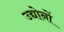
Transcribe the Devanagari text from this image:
उद्योनों